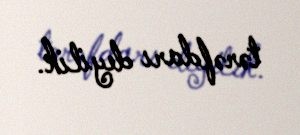
tərəfdarı deyilik.